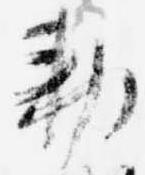
勅